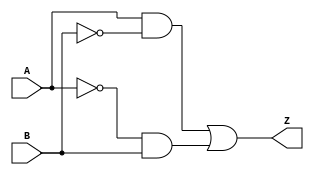
module xor_gate(
    input A, 
    input B, 
    output Z
);

wire A_bar, B_bar;
wire pass_gate1_out, pass_gate2_out;

assign A_bar = ~A;
assign B_bar = ~B;

assign pass_gate1_out = A & B_bar;
assign pass_gate2_out = A_bar & B;

assign Z = pass_gate1_out | pass_gate2_out;

endmodule